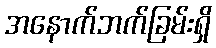
အနောက်ဘက်ခြမ်းရှိ